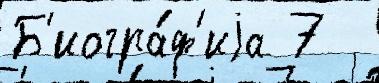
Б'иогра́ф'иjа 7